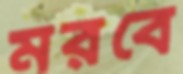
মরবে